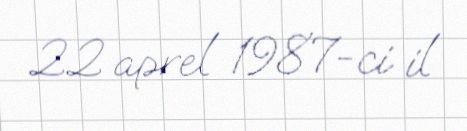
22 aprel 1987-ci il